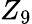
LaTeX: Z_{9}